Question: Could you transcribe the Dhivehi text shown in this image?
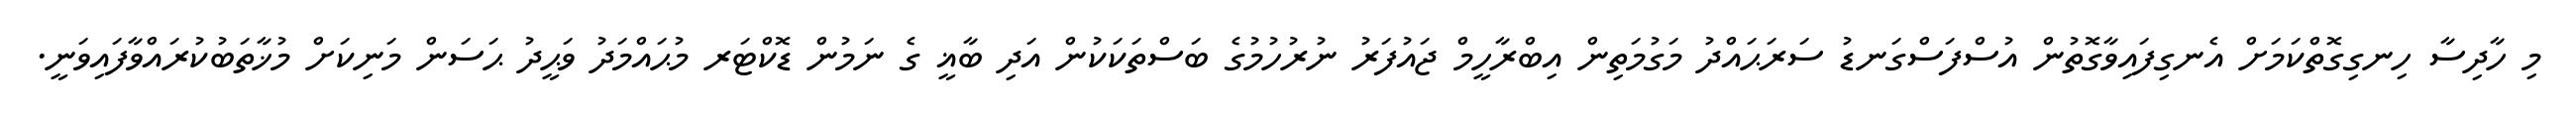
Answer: މި ހާދިސާ ހިނގިގޮތްކަމަށް އެނގިފައިވާގޮތުން އުސްފަސްގަނޑު ސަރަޙައްދު މަގުމަތިން އިބްރާހީމް ޖައުފަރު ނުރުހުމުގެ ބަސްތަކަކުން އަދި ބާޣީ ގެ ނަމުން ޑޮކްޓަރ މުޙައްމަދު ވަޙީދު ޙަސަން މަނިކަށް މުޚާތަބުކުރައްވާފައިވަނީ.